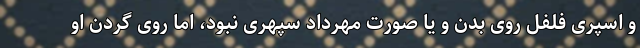
و اسپری فلفل روی بدن و یا صورت مهرداد سپهری نبود، اما روی گردن او